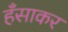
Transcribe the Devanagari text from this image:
हँसाकर